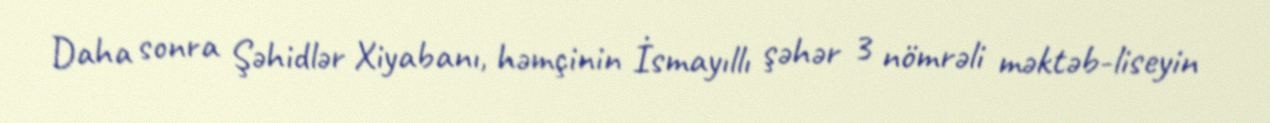
Daha sonra Şəhidlər Xiyabanı, həmçinin İsmayıllı şəhər 3 nömrəli məktəb-liseyin